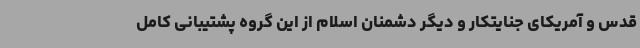
قدس و آمریکای جنایتکار و دیگر دشمنان اسلام از این گروه پشتیبانی کامل